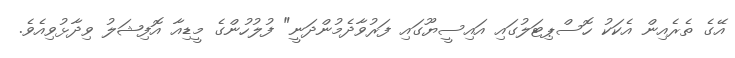
އޭގެ ތެރެއިން އެކަކު ހޮސްޕިޓަލުގައި އައިސީޔޫގައި ފަރުވާދެމުންދަނީ" ފުލުހުންގެ މީޑިއާ އޮފިޝަލު ވިދާޅުވިއެވެ.